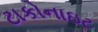
ટાકોનાઇટ